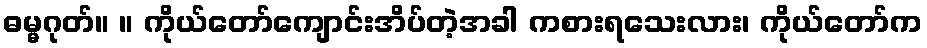
ဓမ္မဂုတ်။ ။ ကိုယ်တော်ကျောင်းအိပ်တဲ့အခါ ကစားရသေးလား၊ ကိုယ်တော်က